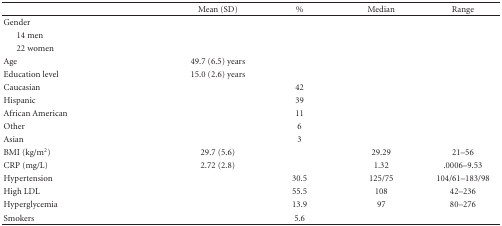
<table><thead><tr><td></td><td></td><td><b>Mean (SD)</b></td><td><b>%</b></td><td><b>Median</b></td><td><b>Range</b></td></tr></thead><tbody><tr><td>Gender</td><td></td><td></td><td></td><td></td><td></td></tr><tr><td> 14 men</td><td></td><td></td><td></td><td></td><td></td></tr><tr><td> 22 women</td><td></td><td></td><td></td><td></td><td></td></tr><tr><td>Age</td><td></td><td>49.7 (6.5) years</td><td></td><td></td><td></td></tr><tr><td>Education level</td><td></td><td>15.0 (2.6) years</td><td></td><td></td><td></td></tr><tr><td>Caucasian</td><td></td><td></td><td>42</td><td></td><td></td></tr><tr><td>Hispanic</td><td></td><td></td><td>39</td><td></td><td></td></tr><tr><td>African American</td><td></td><td></td><td>11</td><td></td><td></td></tr><tr><td>Other</td><td></td><td></td><td>6</td><td></td><td></td></tr><tr><td>Asian</td><td></td><td></td><td>3</td><td></td><td></td></tr><tr><td>BMI (kg/m<sup>2</sup>)</td><td></td><td>29.7 (5.6)</td><td></td><td>29.29</td><td>21–56</td></tr><tr><td>CRP (mg/L)</td><td></td><td>2.72 (2.8)</td><td></td><td>1.32</td><td>.0006–9.53</td></tr><tr><td>Hypertension</td><td></td><td></td><td>30.5</td><td>125/75</td><td>104/61–183/98</td></tr><tr><td>High LDL</td><td></td><td></td><td>55.5</td><td>108</td><td>42–236</td></tr><tr><td>Hyperglycemia</td><td></td><td></td><td>13.9</td><td>97</td><td>80–276</td></tr><tr><td>Smokers</td><td></td><td></td><td>5.6</td><td></td><td></td></tr></tbody></table>